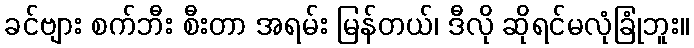
ခင်ဗျား စက်ဘီး စီးတာ အရမ်း မြန်တယ်၊ ဒီလို ဆိုရင်မလုံခြုံဘူး။